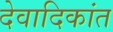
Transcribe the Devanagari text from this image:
देवादिकांत